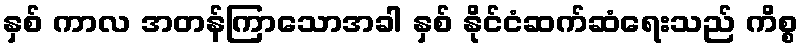
နှစ် ကာလ အတန်ကြာသောအခါ နှစ် နိုင်ငံဆက်ဆံရေးသည် ကိစ္စ